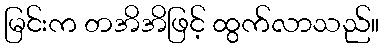
မြင်းက တအိအိဖြင့် ထွက်လာသည်။